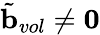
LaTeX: \tilde{\mathbf{b}}_{vol}\neq\mathbf{0}